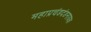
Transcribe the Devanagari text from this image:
महाप्रचंडदंडनायक